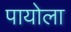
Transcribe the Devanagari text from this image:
पायोला